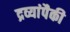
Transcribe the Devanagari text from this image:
द्रव्यांपैकी